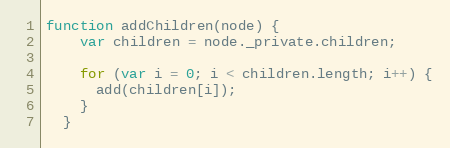
Language: JavaScript
function addChildren(node) {
    var children = node._private.children;

    for (var i = 0; i < children.length; i++) {
      add(children[i]);
    }
  }